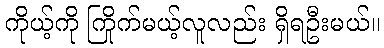
ကိုယ့်ကို ကြိုက်မယ့်လူလည်း ရှိရဦးမယ်။